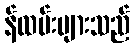
န်ထမ်းများသည်